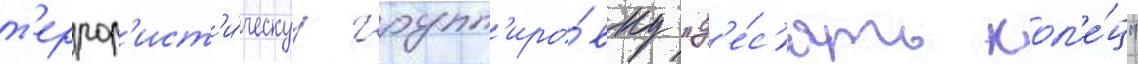
т'еррор'ист'и́ческуу групп'иро́вку "д'е́с'ять кол'е́ц"